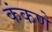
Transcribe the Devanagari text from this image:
कंकणे